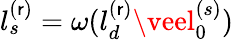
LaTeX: l_{s}^{(\mathsf{r})}=\omega(l_{d}^{(\mathsf{r})}\veel_{0}^{(s)})